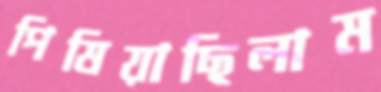
পিষিয়াছিলাম